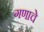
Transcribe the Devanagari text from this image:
गणाचे